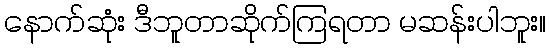
နောက်ဆုံး ဒီဘူတာဆိုက်ကြရတာ မဆန်းပါဘူး။